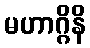
မဟာဂ္ဂိနိ